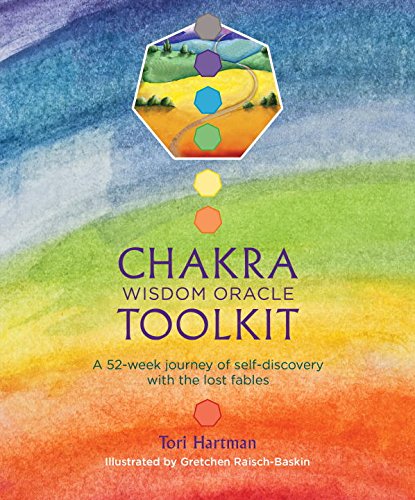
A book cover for Chakra Wisdom Oracle Toolkit: A 52-Week Journey of Self-Discovery with the Lost Fables; Tori Hartman; Religion & Spirituality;